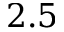
2 . 5